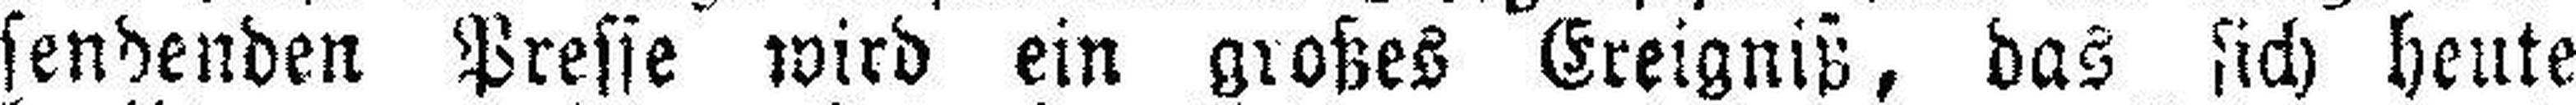
sendenden Presse wird ein großes Ereigniß, das sich heute